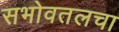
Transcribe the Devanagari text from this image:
सभोवतलचा